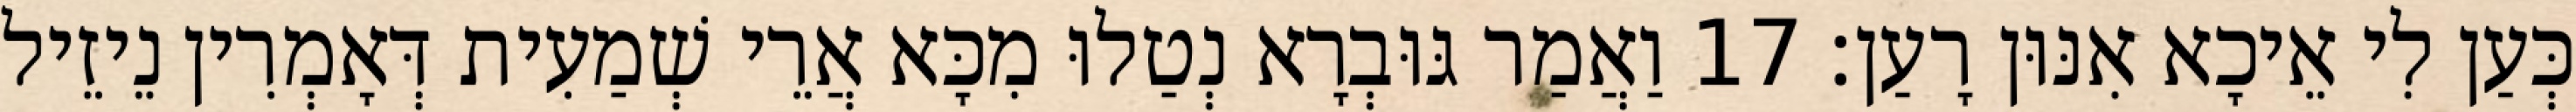
כְּעַן לִי אֵיכָא אִנּוּן רָעַן׃ 17 וַאֲמַר גּוּבְרָא נְטַלוּ מִכָּא אֲרֵי שְׁמַעִית דְּאָמְרִין נֵיזֵיל